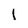
Character: l